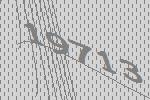
19713